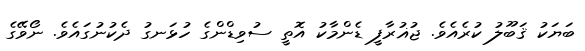
ބަޔަކު ޤަބޫލު ކުރެއެވެ. ޖުޣުރާފީ ޑެންމާކު އޮތީ ސުވިޑްންގެ ހުޅަނގު ދެކުނުގައެވެ. ނޯވޭގެ